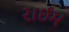
રાઈમ